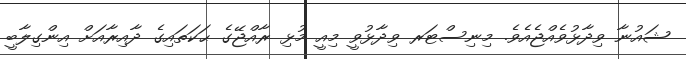
ޝައުނާ ވިދާޅުވެއްޖެއެވެ. މިނިސްޓަރ ވިދާޅުވީ މިއީ މުޅި ރާއްޖޭގެ ޙަކަތައިގެ ދާއިރާއަށް އިންގިލާބީ